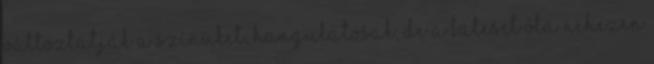
változtatják a színüket, hangulatosak, de a baleset óta nehezen